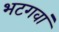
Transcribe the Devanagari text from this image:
भटगवां